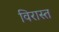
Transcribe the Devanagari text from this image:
विरास्त